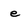
Character: e